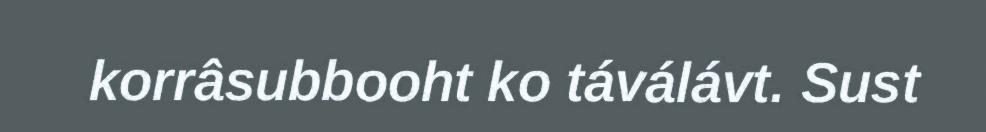
korrâsubbooht ko táválávt. Sust